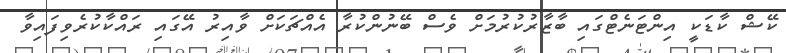
ކޭޝް ކާޑަކީ އިންޓަނެޓްގައި ބާޒާރުކުރުމަށް ވެސް ބޭނުންކުރާ އެއްޗަކަށް ވާއިރު އޭގައި ރައްކާކުރެވިފައިވާ